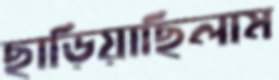
ছাড়িয়াছিলাম